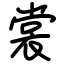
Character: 裳